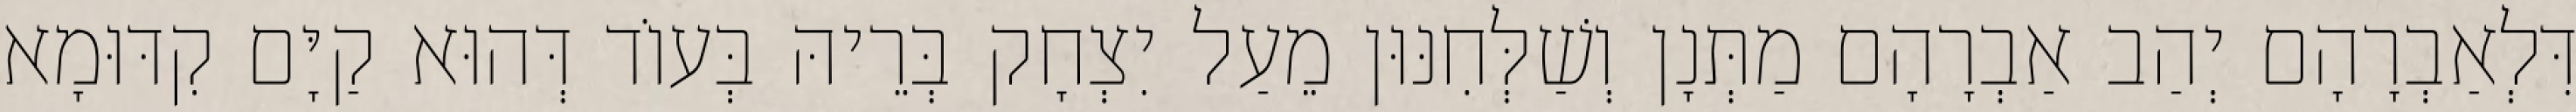
דִּלְאַבְרָהָם יְהַב אַבְרָהָם מַתְּנָן וְשַׁלְּחִנּוּן מֵעַל יִצְחָק בְּרֵיהּ בְּעוֹד דְּהוּא קַיָּם קִדּוּמָא